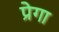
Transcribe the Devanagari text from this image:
प्रेगा